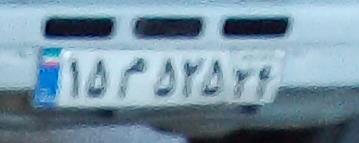
۱۵م۵۲۵۲۴